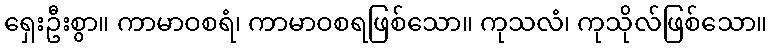
ရှေးဦးစွာ။ ကာမာဝစရံ၊ ကာမာဝစရဖြစ်သော။ ကုသလံ၊ ကုသိုလ်ဖြစ်သော။